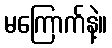
မကြောက်နဲ့။